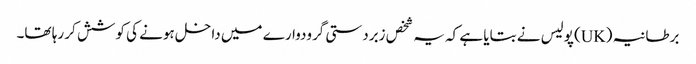
برطانیہ (UK) پولیس نے بتایا ہے کہ یہ شخص زبردستی گرودوارے میں داخل ہونے کی کوشش کر رہا تھا۔